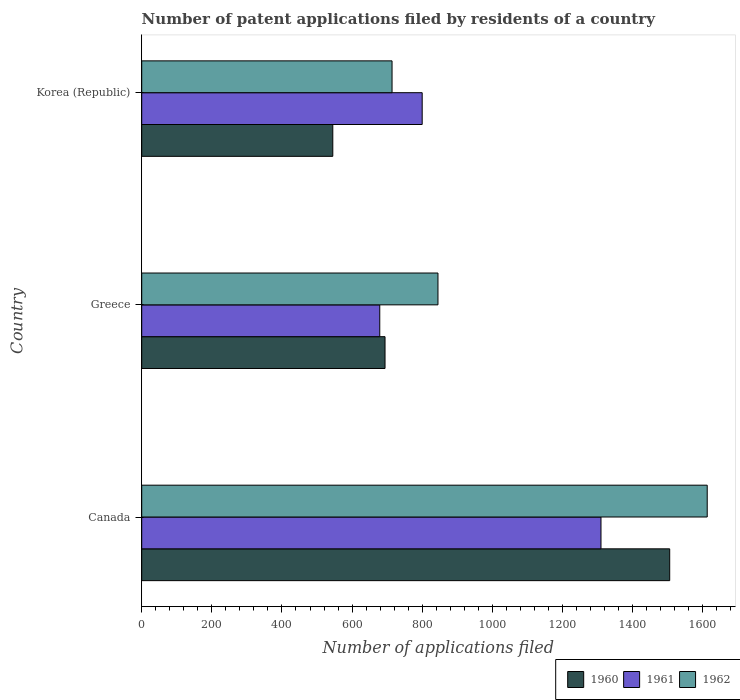
| Country | 1960 | 1961 | 1962 |
 | --- | --- | --- | --- |
 | Canada | 1.51e+03 | 1.31e+03 | 1.61e+03 |
 | Greece | 694 | 679 | 845 |
 | Korea (Republic) | 545 | 800 | 714 |